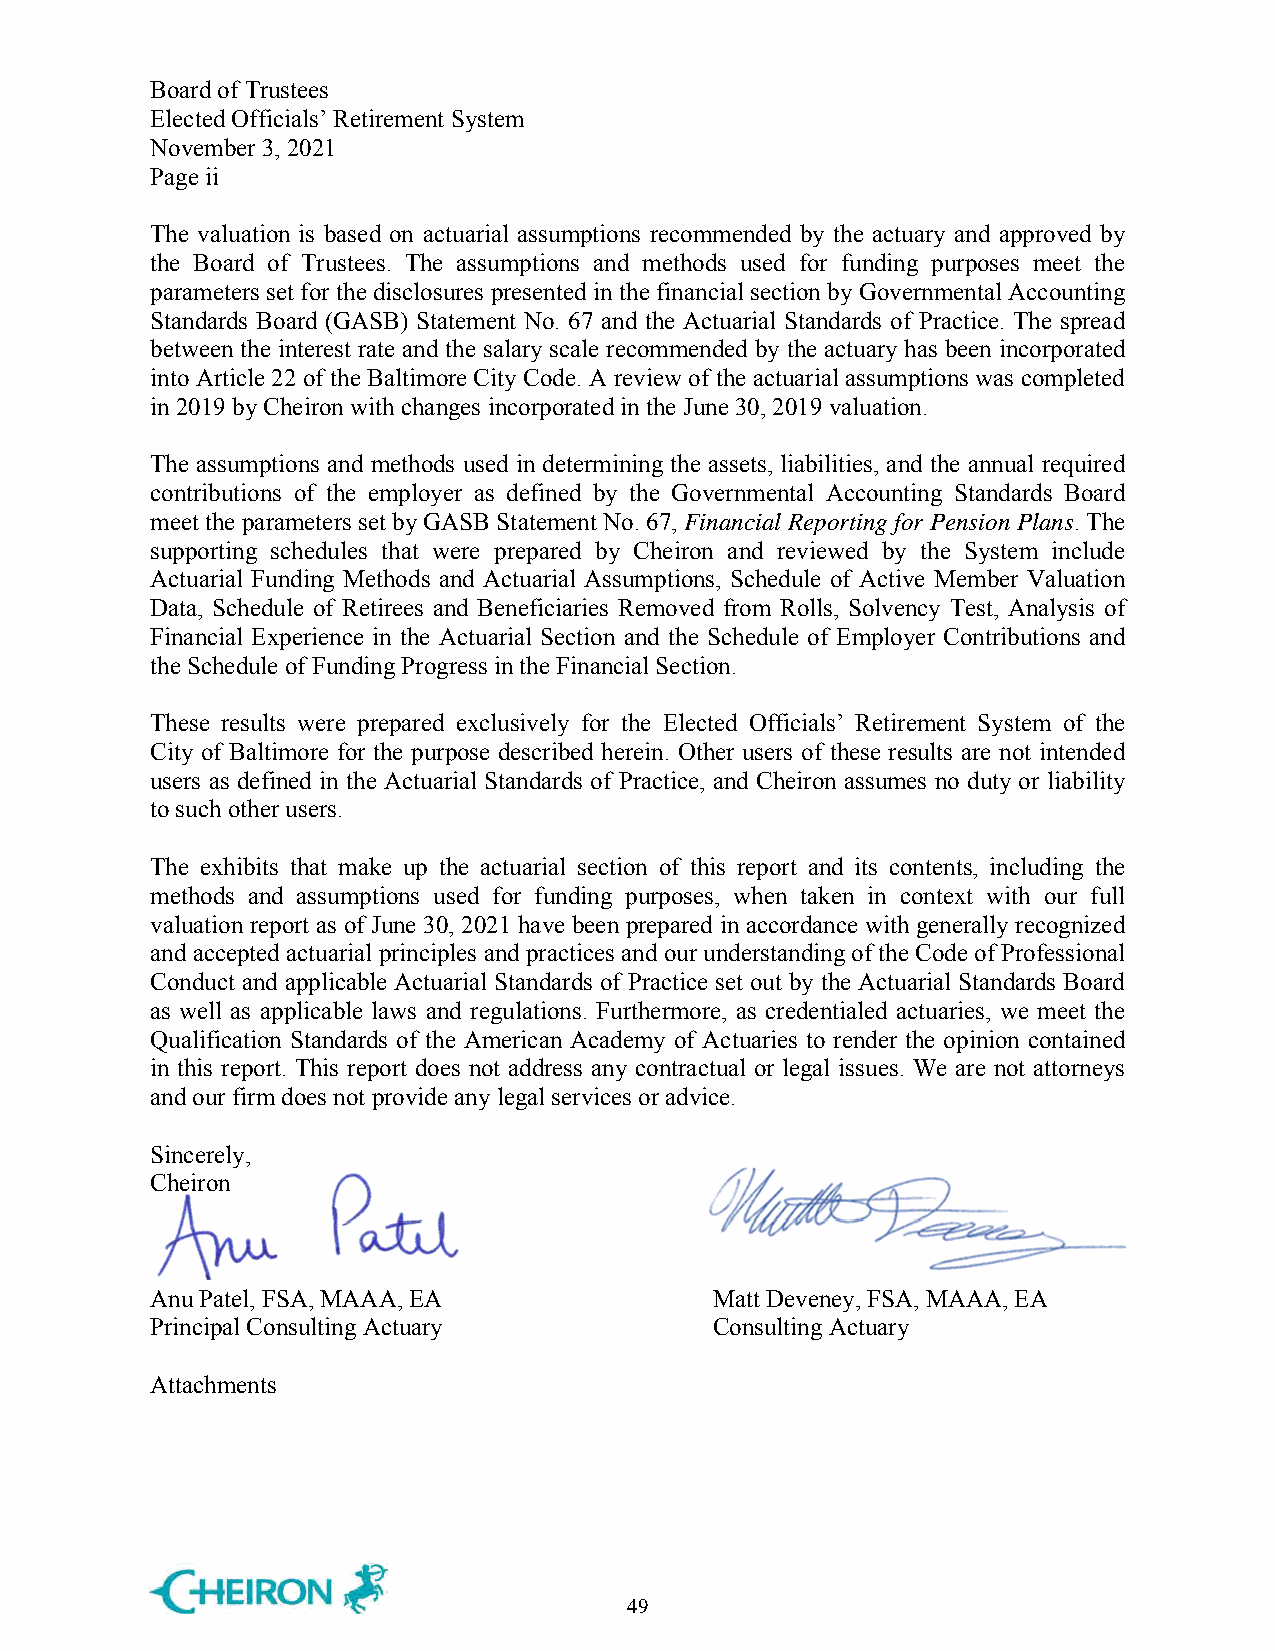
Board of Trustees
 Elected Officials’ Retirement System
 November 3, 2021
 Page ii
 The valuation is based on actuarial assumptions recommended by the actuary and approved by
 the Board of Trustees. The assumptions and methods used for funding purposes meet the
 parameters set for the disclosures presented in the financial section by Governmental Accounting
 Standards Board (GASB) Statement No. 67 and the Actuarial Standards of Practice. The spread
 between the interest rate and the salary scale recommended by the actuary has been incorporated
 into Article 22 of the Baltimore City Code. A review of the actuarial assumptions was completed
 in 2019 by Cheiron with changes incorporated in the June 30, 2019 valuation.
 The assumptions and methods used in determining the assets, liabilities, and the annual required
 contributions of the employer as defined by the Governmental Accounting Standards Board
 meet the parameters set by GASB Statement No. 67, Financial Reporting for Pension Plans. The
 supporting schedules that were prepared by Cheiron and reviewed by the System include
 Actuarial Funding Methods and Actuarial Assumptions, Schedule of Active Member Valuation
 Data, Schedule of Retirees and Beneficiaries Removed from Rolls, Solvency Test, Analysis of
 Financial Experience in the Actuarial Section and the Schedule of Employer Contributions and
 the Schedule of Funding Progress in the Financial Section.
 These results were prepared exclusively for the Elected Officials’ Retirement System of the
 City of Baltimore for the purpose described herein. Other users of these results are not intended
 users as defined in the Actuarial Standards of Practice, and Cheiron assumes no duty or liability
 to such other users.
 The exhibits that make up the actuarial section of this report and its contents, including the
 methods and assumptions used for funding purposes, when taken in context with our full
 valuation report as of June 30, 2021 have been prepared in accordance with generally recognized
 and accepted actuarial principles and practices and our understanding of the Code of Professional
 Conduct and applicable Actuarial Standards of Practice set out by the Actuarial Standards Board
 as well as applicable laws and regulations. Furthermore, as credentialed actuaries, we meet the
 Qualification Standards of the American Academy of Actuaries to render the opinion contained
 in this report. This report does not address any contractual or legal issues. We are not attorneys
 and our firm does not provide any legal services or advice.
 Sincerely,
 Cheiron
 Anu Patel, FSA, MAAA, EA             Matt Deveney, FSA, MAAA, EA
 Principal Consulting Actuary         Consulting Actuary
 Attachments
 49